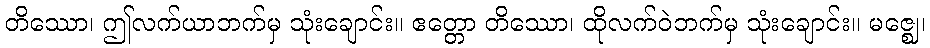
တိဿော၊ ဤလက်ယာဘက်မှ သုံးချောင်း။ ဧတ္တော တိဿော၊ ထိုလက်ဝဲဘက်မှ သုံးချောင်း။ မဇ္ဈေ၊